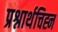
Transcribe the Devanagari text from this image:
प्रश्नार्थचिह्न